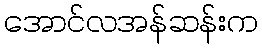
အောင်လအန်ဆန်းက